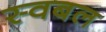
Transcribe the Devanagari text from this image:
स्वबल